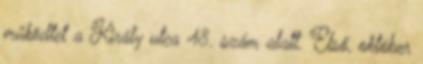
működtet a Király utca 48. szám alatt. Első, október